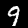
Digit: 9